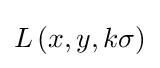
L\left(x,y,k\sigma \right)